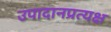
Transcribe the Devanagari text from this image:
उपादानप्रत्यक्ष